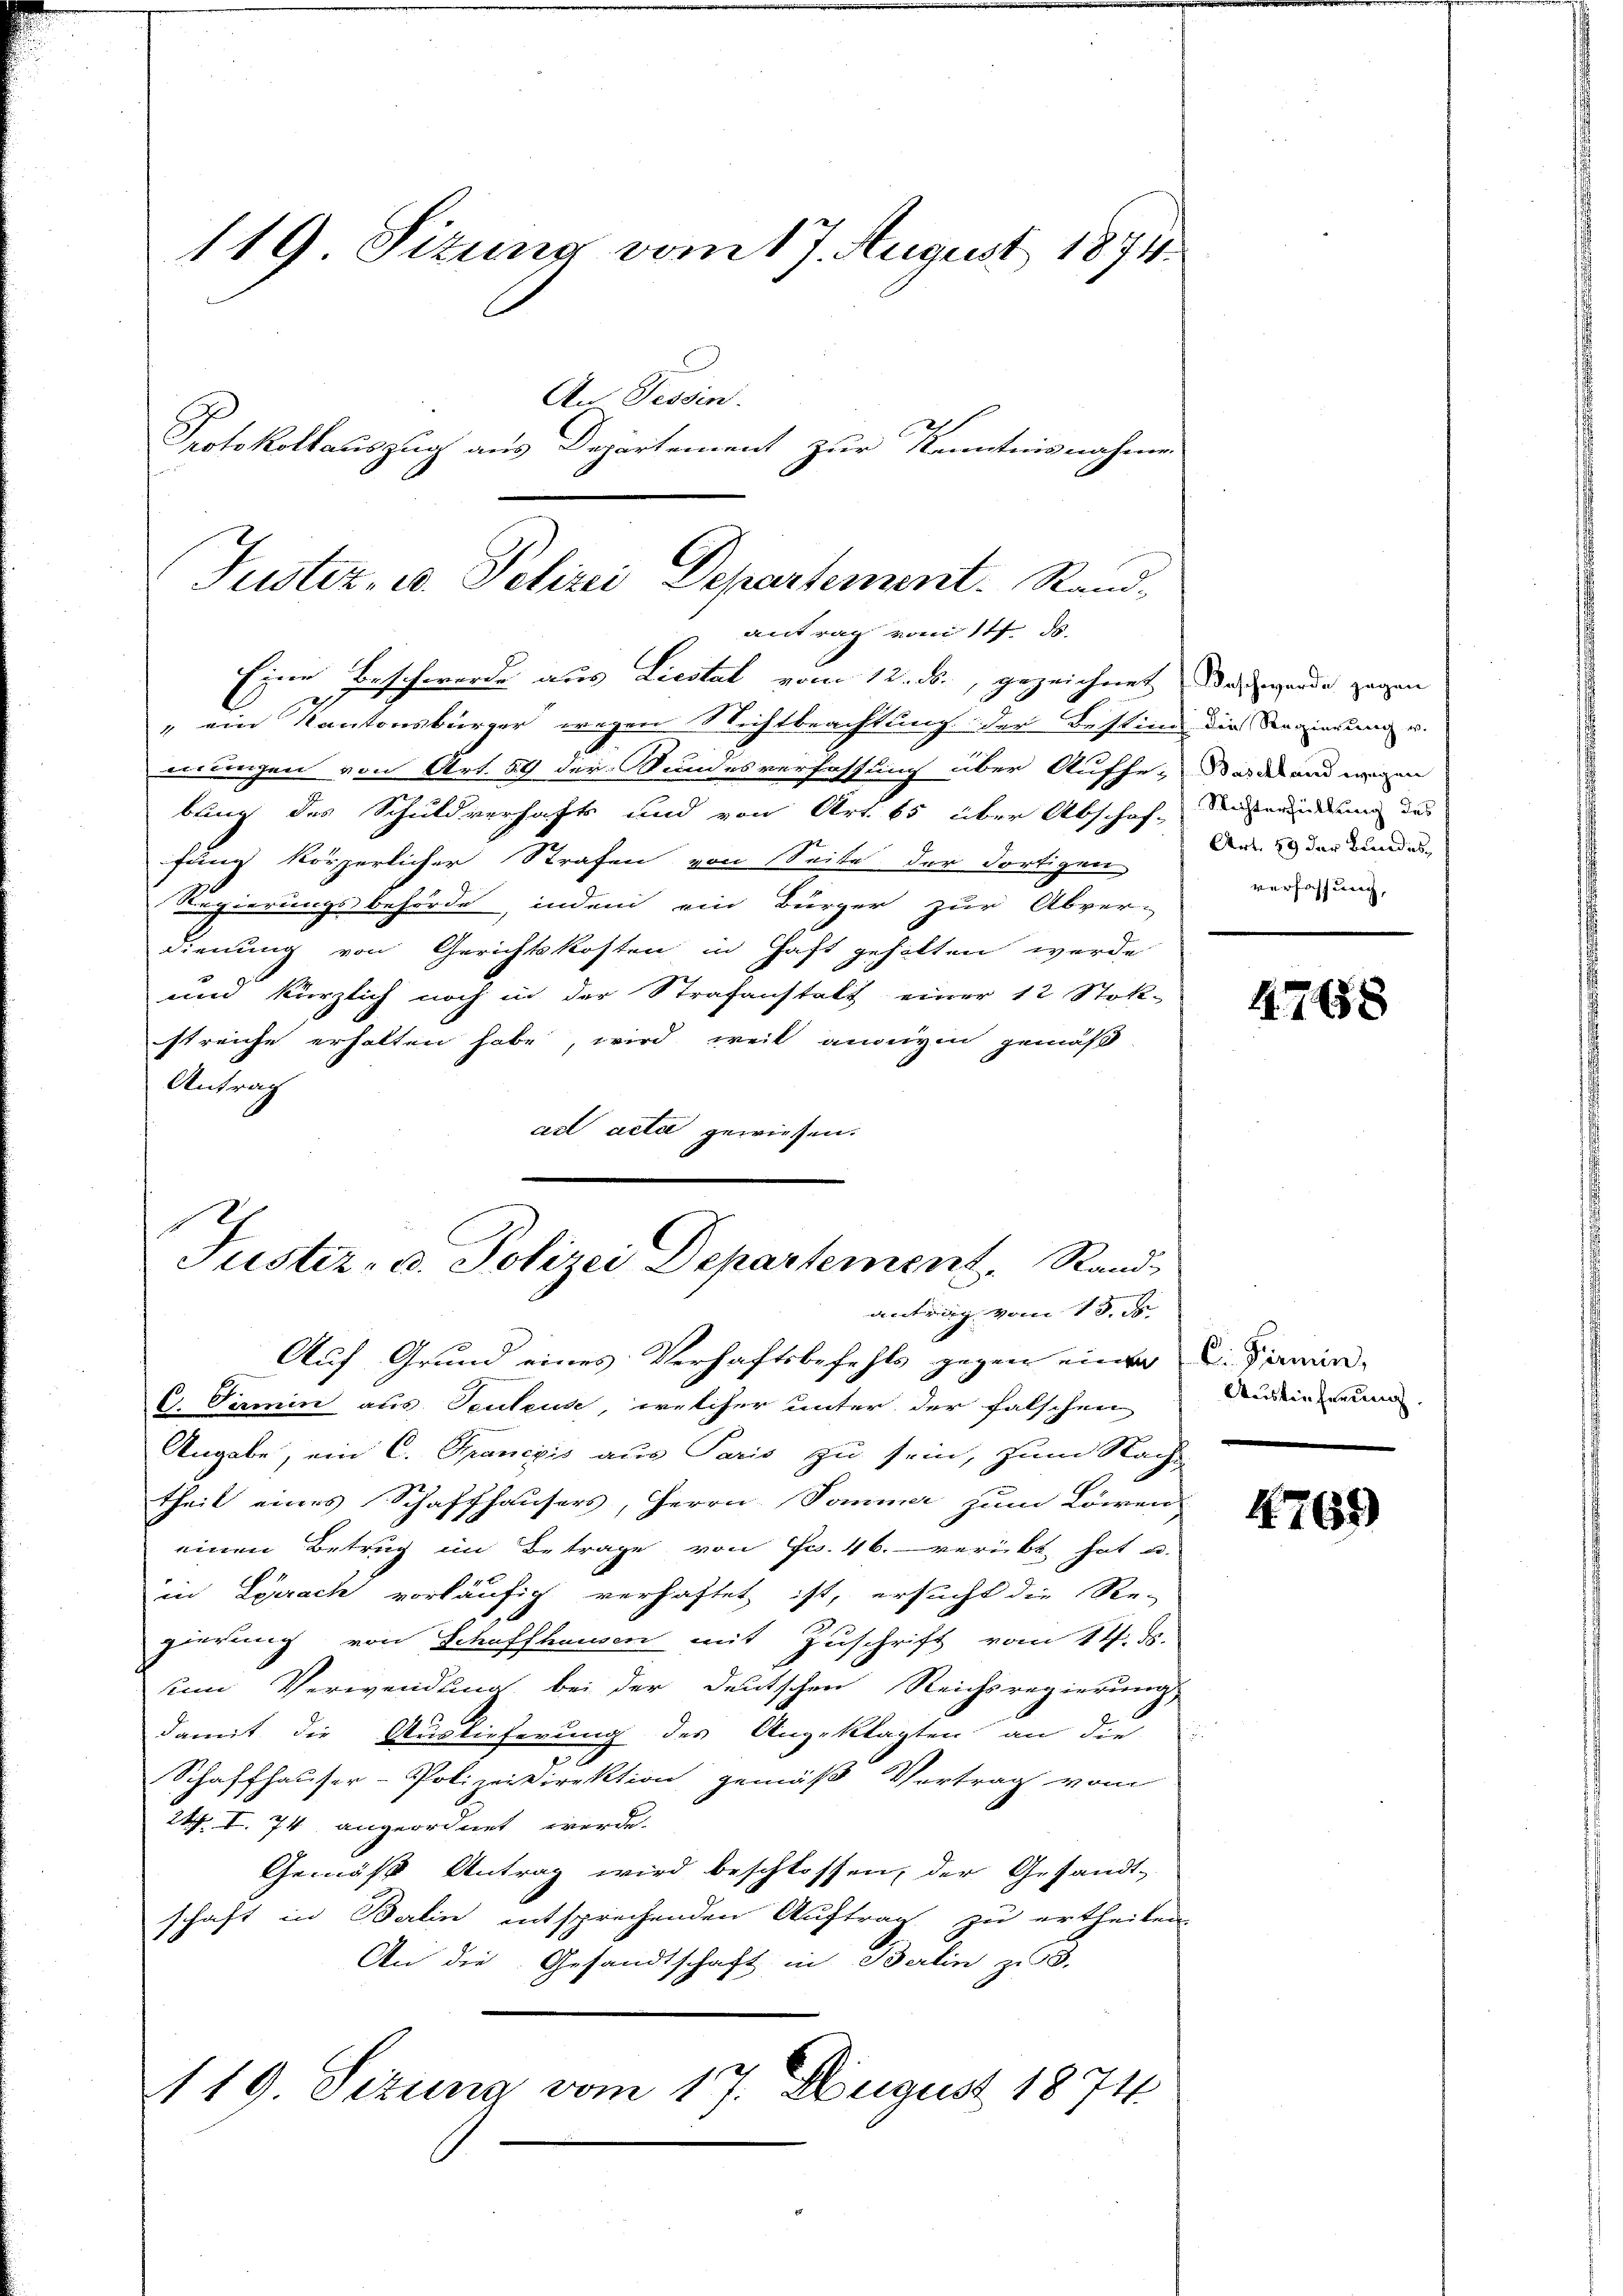
119 Sitzung vom 17. August 1874.
An Tessin.
Protokollauszug aus Departement zur Kenntnisnahmen

Justiz, u. Polizei Departement. Randantrag vom 14. ds.
Eine Beschwerde aus Liestat vom 12. ds., gezeichnet das werde gegen

" ein Kantonsbürger wegen Nichtbeachtung der Bestin die Regierung u.
eiungen von Art. 59 der Wundesverfassung über Aufhe-Was des und wegen
bung des Schuldverhafts und von Art. 65 über Abschaf-
fung körperlicher Strafen von Seite der dortigen
ugierungsbehörde, indem ein Bürger zur Abrer-
dienung von Gerichtskosten in Haft geholten werde
und kürzlich noch in der Strafanstatt einer 12 Stok-
streiche erhalten habe, wird weil angegen gemäß
Antrag
ad acta gewiesen.

Justiz- u. Polizei Departement, Rand
antrag vom 13. ds.
Auf Grund eines Verhaftsbefehls gegen einen L. Finan¬

C. Samin aus Senteuse, welcher unter der falschen
Angabe, ein C. Spanexis aus Paris zu sein, zum Nach-
theil eines Schaffhausers, Herrn Sommer zum Löwen
einen Betrug im Betrage von Fr. 46. verübt hat u.
in Lörrach vorläufig verhaftet ist, ersucht die Re-
gierung von Schaffhausen mit Zuschrift vom 14. ds.
um Verwendung bei der deutschen Reichsregierung
damit die Auslieferung des Angeklagten an die
Schaffhauser-Polizeidirektion gemäß Vertrag vom
24. I. 74 angeordnet werde.
Gemäss Antrag wird beschlossen, der Gesandt-
schaft in Balin entsprechenden Auftrag zu ertheilen.
An die Gesandtschaft in Berlin zu 3.
119. Sitzung vom 17. August 1874

Richterfüllung des
Art. 89 der Bundesverfassung,

47658

Auslieferung

4769